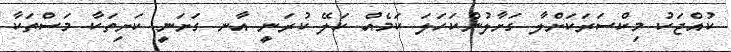
ކުއްޖަކު މިކްސަރަކަށްލާ ގަށާލުންކަހަލަ ކަމެއް ކަލޭ ކުރަނީ އާނ ގަށަނީ ކަށިތަކާ މަސްތަކާ